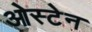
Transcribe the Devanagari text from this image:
ओस्टेन